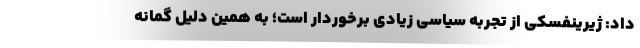
داد: ژیرینفسکی از تجربه سیاسی زیادی برخوردار است؛ به همین دلیل گمانه